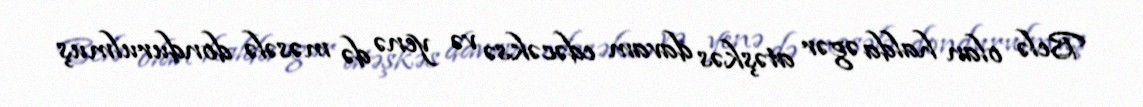
Belə olan halda əgər atəşkəs davam edəcəksə və yenə də məsələ dondurulmuş